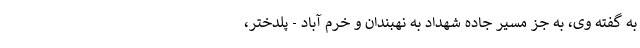
به گفته وی، به جز مسیر جاده شهداد به نهبندان و خرم آباد - پلدختر،